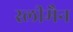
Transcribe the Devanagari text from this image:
स्‍लीमैन